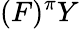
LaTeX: (F)^{\pi}Y